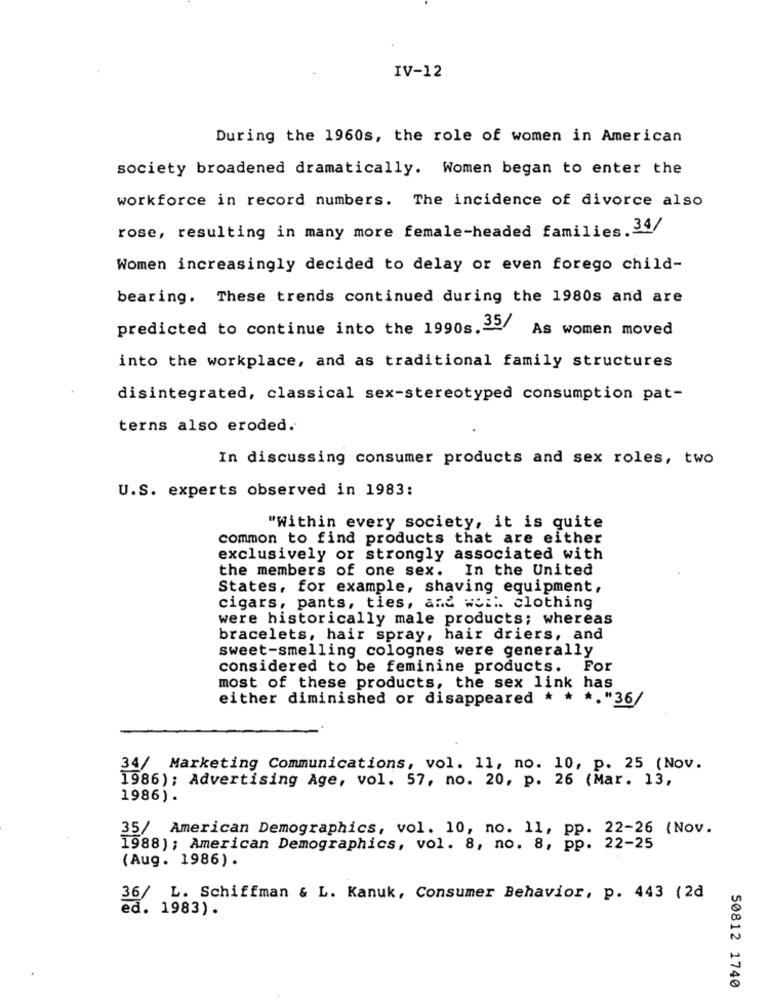
IV-12
During the 1960s, the role of women in American
society broadened dramatically. Women began to enter the
workforce in record numbers. The incidence of divorce also
rose, resulting in many more female-headed families.34/
Women increasingly decided to delay or even forego child-
bearing. These trends continued during the 1980s and are
predicted to continue into the 1990s.>>As women moved
into the workplace, and as traditional family structures
disintegrated, classical sex-stereotyped consumption pat-
terns also eroded.
In discussing consumer products and sex roles, two
U.S. experts observed in 1983:
"Within every society, it is quite
common to find products that are either
exclusively or strongly associated with
the members of one sex.
In the United
States, for example, shaving equipment,
cigars, pants, ties, and weil. clothing
were historically male products; whereas
bracelets, hair spray, hair driers, and
sweet-smelling colognes were generally
considered to be feminine products. For
most of these products, the sex link has
either diminished or disappeared * * *. "36/
34/ Marketing Communications, vol. 11, no. 10, p. 25 (Nov.
1986); Advertising Age, vol. 57, no. 20, p. 26 (Mar. 13,
1986).
35/ American Demographics, vol. 10, no. 11, pp. 22-26 (Nov.
1988) ; American Demographics, vol. 8, no. 8, pp. 22-25
(Aug. 1986).
36/
L. Schiffman & L. Kanuk, Consumer Behavior, p. 443 (2d
ed. 1983).
50812 1740